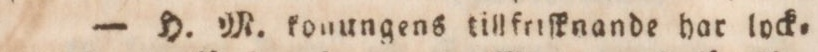
— H. M. konungens tigfriſknande har lock=